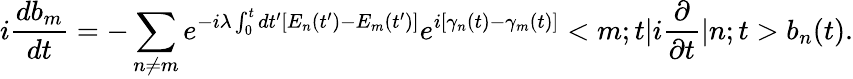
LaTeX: i\frac{db_{m}}{dt}=-\sum_{n\neq m}e^{-i\lambda\int_{0}^{t}dt^{\prime}[E_{n}(t^{\prime})-E_{m}(t^{\prime})]}e^{i[\gamma_{n}(t)-\gamma_{m}(t)]}<m;t|i\frac{\partial}{\partial t}|n;t>b_{n}(t).